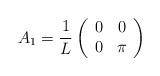
\begin{align*}A_1 = \frac{1}{L} \left( \begin{array}{cc}0 & 0 \\0 & \pi \end{array}\right)\end{align*}